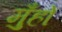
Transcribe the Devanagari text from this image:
मुँहों